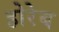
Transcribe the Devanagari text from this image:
होरेब